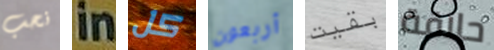
نحب in كل أربعون بقيت حلاقة